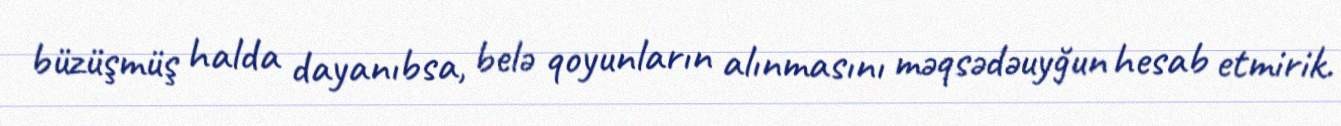
büzüşmüş halda dayanıbsa, belə qoyunların alınmasını məqsədəuyğun hesab etmirik.